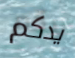
يدكم